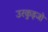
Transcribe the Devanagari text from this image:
उरकुइजो